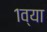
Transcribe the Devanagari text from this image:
१व्या